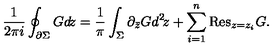
\frac { 1 } { 2 \pi i } \oint _ { \partial \Sigma } G d \! z = \frac { 1 } { \pi } \int _ { \Sigma } \partial _ { \bar { z } } G d ^ { 2 } \! z + \sum _ { i = 1 } ^ { n } \mathrm { R e s } _ { z = z _ { i } } G .